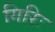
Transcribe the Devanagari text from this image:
गिरिः